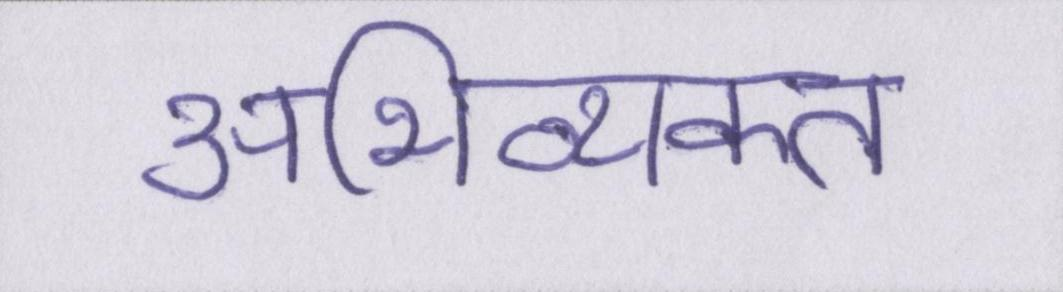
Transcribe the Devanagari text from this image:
अभिव्यक्त